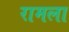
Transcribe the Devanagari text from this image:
रामला